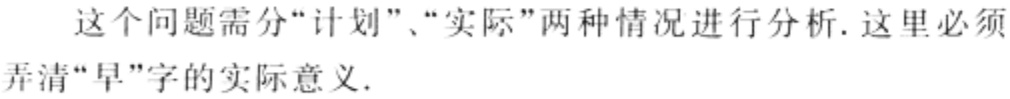
这个问题需分“计划”、“实际”两种情况进行分析. 这里必须弄清“早”字的实际意义.